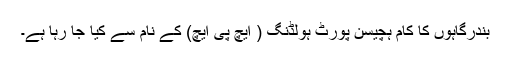
بندرگاہوں کا کام ہچیسن پورٹ ہولڈنگ ( ایچ پی ایچ) کے نام سے کیا جا رہا ہے۔